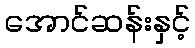
အောင်ဆန်းနှင့်